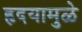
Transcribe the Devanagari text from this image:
हृदयामुळे